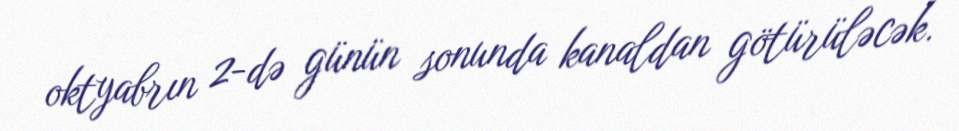
oktyabrın 2-də günün sonunda kanaldan götürüləcək.